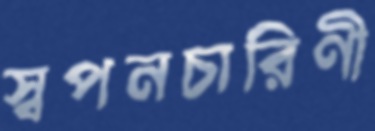
স্বপনচারিণী